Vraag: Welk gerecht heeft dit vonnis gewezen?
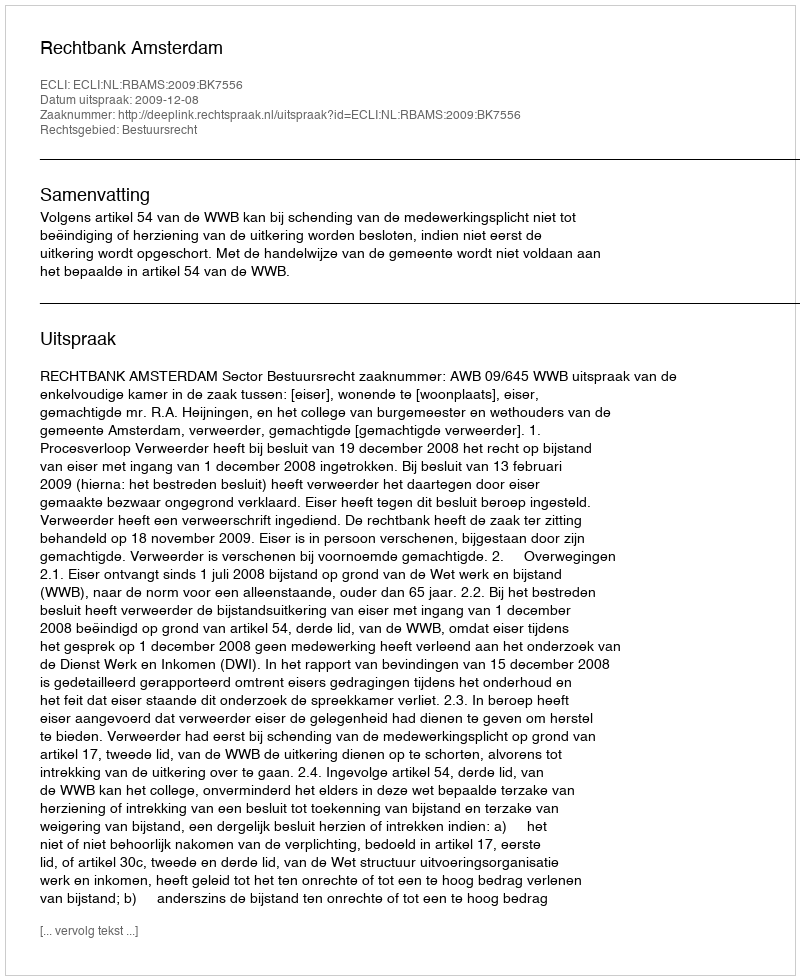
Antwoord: Rechtbank Amsterdam